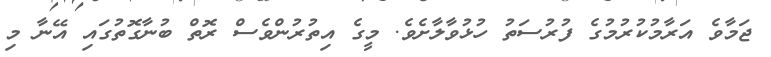
ޖަމާވެ އަރާމުކުރުމުގެ ފުރުސަތު ހުޅުވާލާށެވެ. މީގެ އިތުރުންވެސް ރޮތް ބުނާގޮތުގައި އޭނާ މި